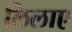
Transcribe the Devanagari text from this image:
लिलाए